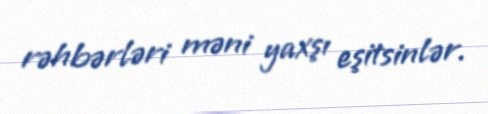
rəhbərləri məni yaxşı eşitsinlər.